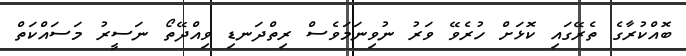
ބޮއްކުރާގެ ތެރޭގައި ކޮޅަށް ހުރެވޭ ވަރު ނުވިނަމަވެސް ރިތްދަނޑި ވިއްދޭތޯ ނަސީރު މަސައްކަތް